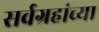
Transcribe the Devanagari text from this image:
सर्वग्रहांच्या